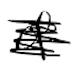
Text: of
Cross-out: scratch
Writing tool: digital_black